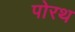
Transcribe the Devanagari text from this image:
पोरथ